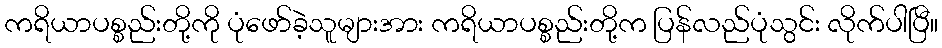
ကရိယာပစ္စည်းတို့ကို ပုံဖော်ခဲ့သူများအား ကရိယာပစ္စည်းတို့က ပြန်လည်ပုံသွင်း လိုက်ပါပြီ။